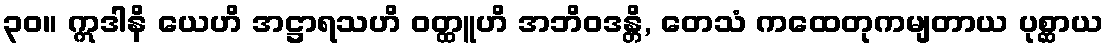
၃၀။ ဣဒါနိ ယေဟိ အဋ္ဌာရသဟိ ဝတ္ထူဟိ အဘိဝဒန္တိ, တေသံ ကထေတုကမျတာယ ပုစ္ဆာယ